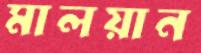
মালয়ান